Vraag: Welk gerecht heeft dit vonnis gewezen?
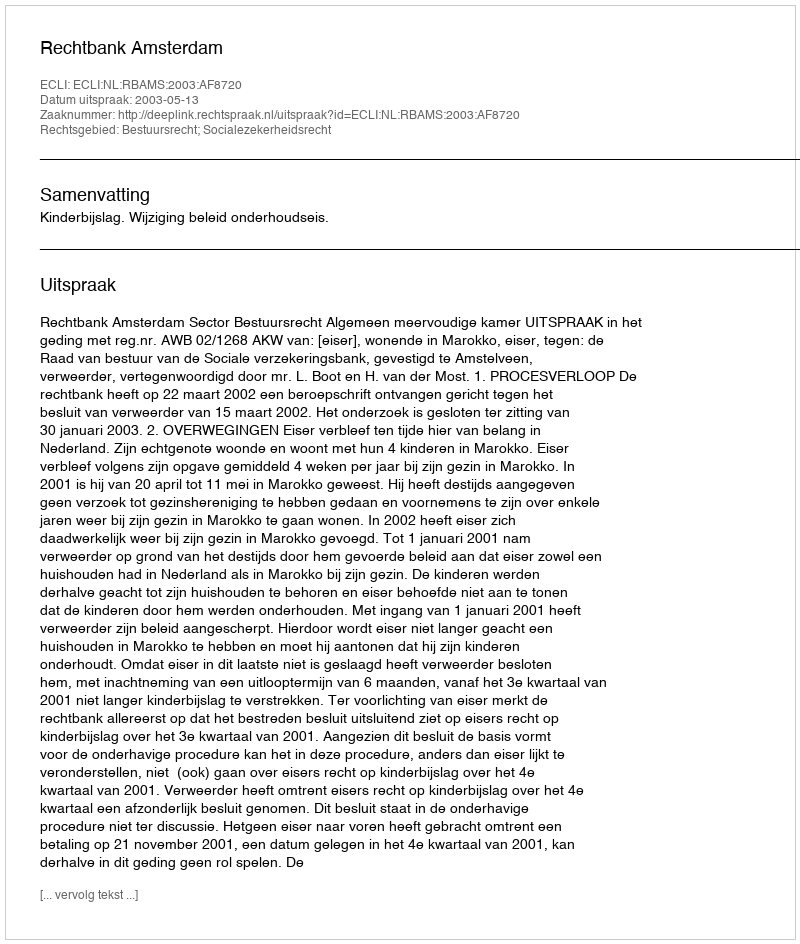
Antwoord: Rechtbank Amsterdam